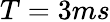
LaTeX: T=3ms